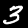
Digit: 3